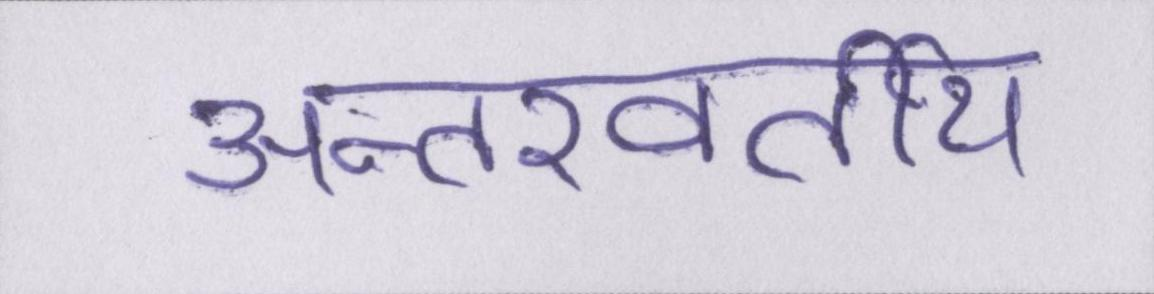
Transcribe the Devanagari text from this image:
अन्तरवर्तीय